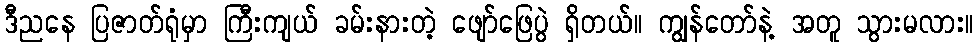
ဒီညနေ ပြဇာတ်ရုံမှာ ကြီးကျယ် ခမ်းနားတဲ့ ဖျော်ဖြေပွဲ ရှိတယ်။ ကျွန်တော်နဲ့ အတူ သွားမလား။